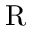
\mathrm { R }